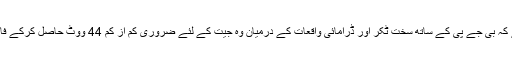
واضح رہے کہ بی جے پی کے ساتھ سخت ٹکر اور ڈرامائی واقعات کے درمیان وہ جیت کے لئے ضروری کم از کم 44 ووٹ حاصل کرکے فاتح بنے ہیں۔